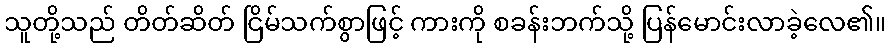
သူတို့သည် တိတ်ဆိတ် ငြိမ်သက်စွာဖြင့် ကားကို စခန်းဘက်သို့ ပြန်မောင်းလာခဲ့လေ၏။